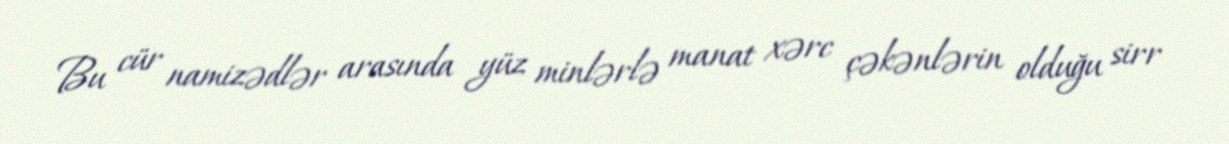
Bu cür namizədlər arasında yüz minlərlə manat xərc çəkənlərin olduğu sirr